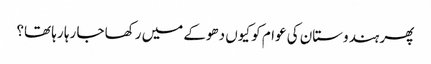
پھر ہندوستان کی عوام کو کیوں دھوکے میں رکھا جا رہا رہا تھا؟